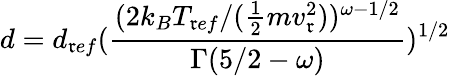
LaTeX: d=d_{\mathfrak{r}ef}(\frac{{(2k_{B}T_{\mathfrak{r}ef}/(\frac{{1}}{{2}}mv_{\mathfrak{r}}^{2}))^{\omega-1/2}}}{{\Gamma(5/2-\omega)}})^{1/2}